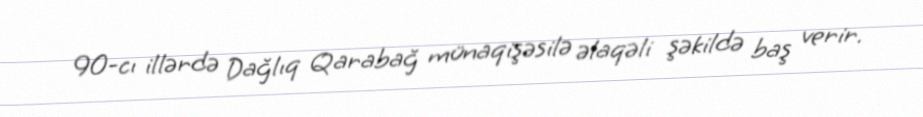
90-cı illərdə Dağlıq Qarabağ münaqişəsilə əlaqəli şəkildə baş verir.